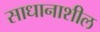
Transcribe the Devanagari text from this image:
साधानाशील